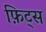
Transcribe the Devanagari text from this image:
फ़िट्स